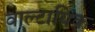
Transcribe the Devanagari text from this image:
वाल्टायिक